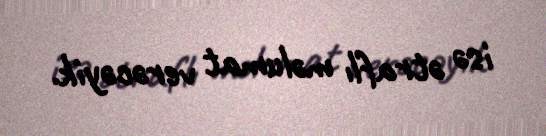
isə ətraflı məlumat verəcəyik.